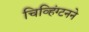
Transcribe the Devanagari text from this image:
चिव्हिंग्टनने